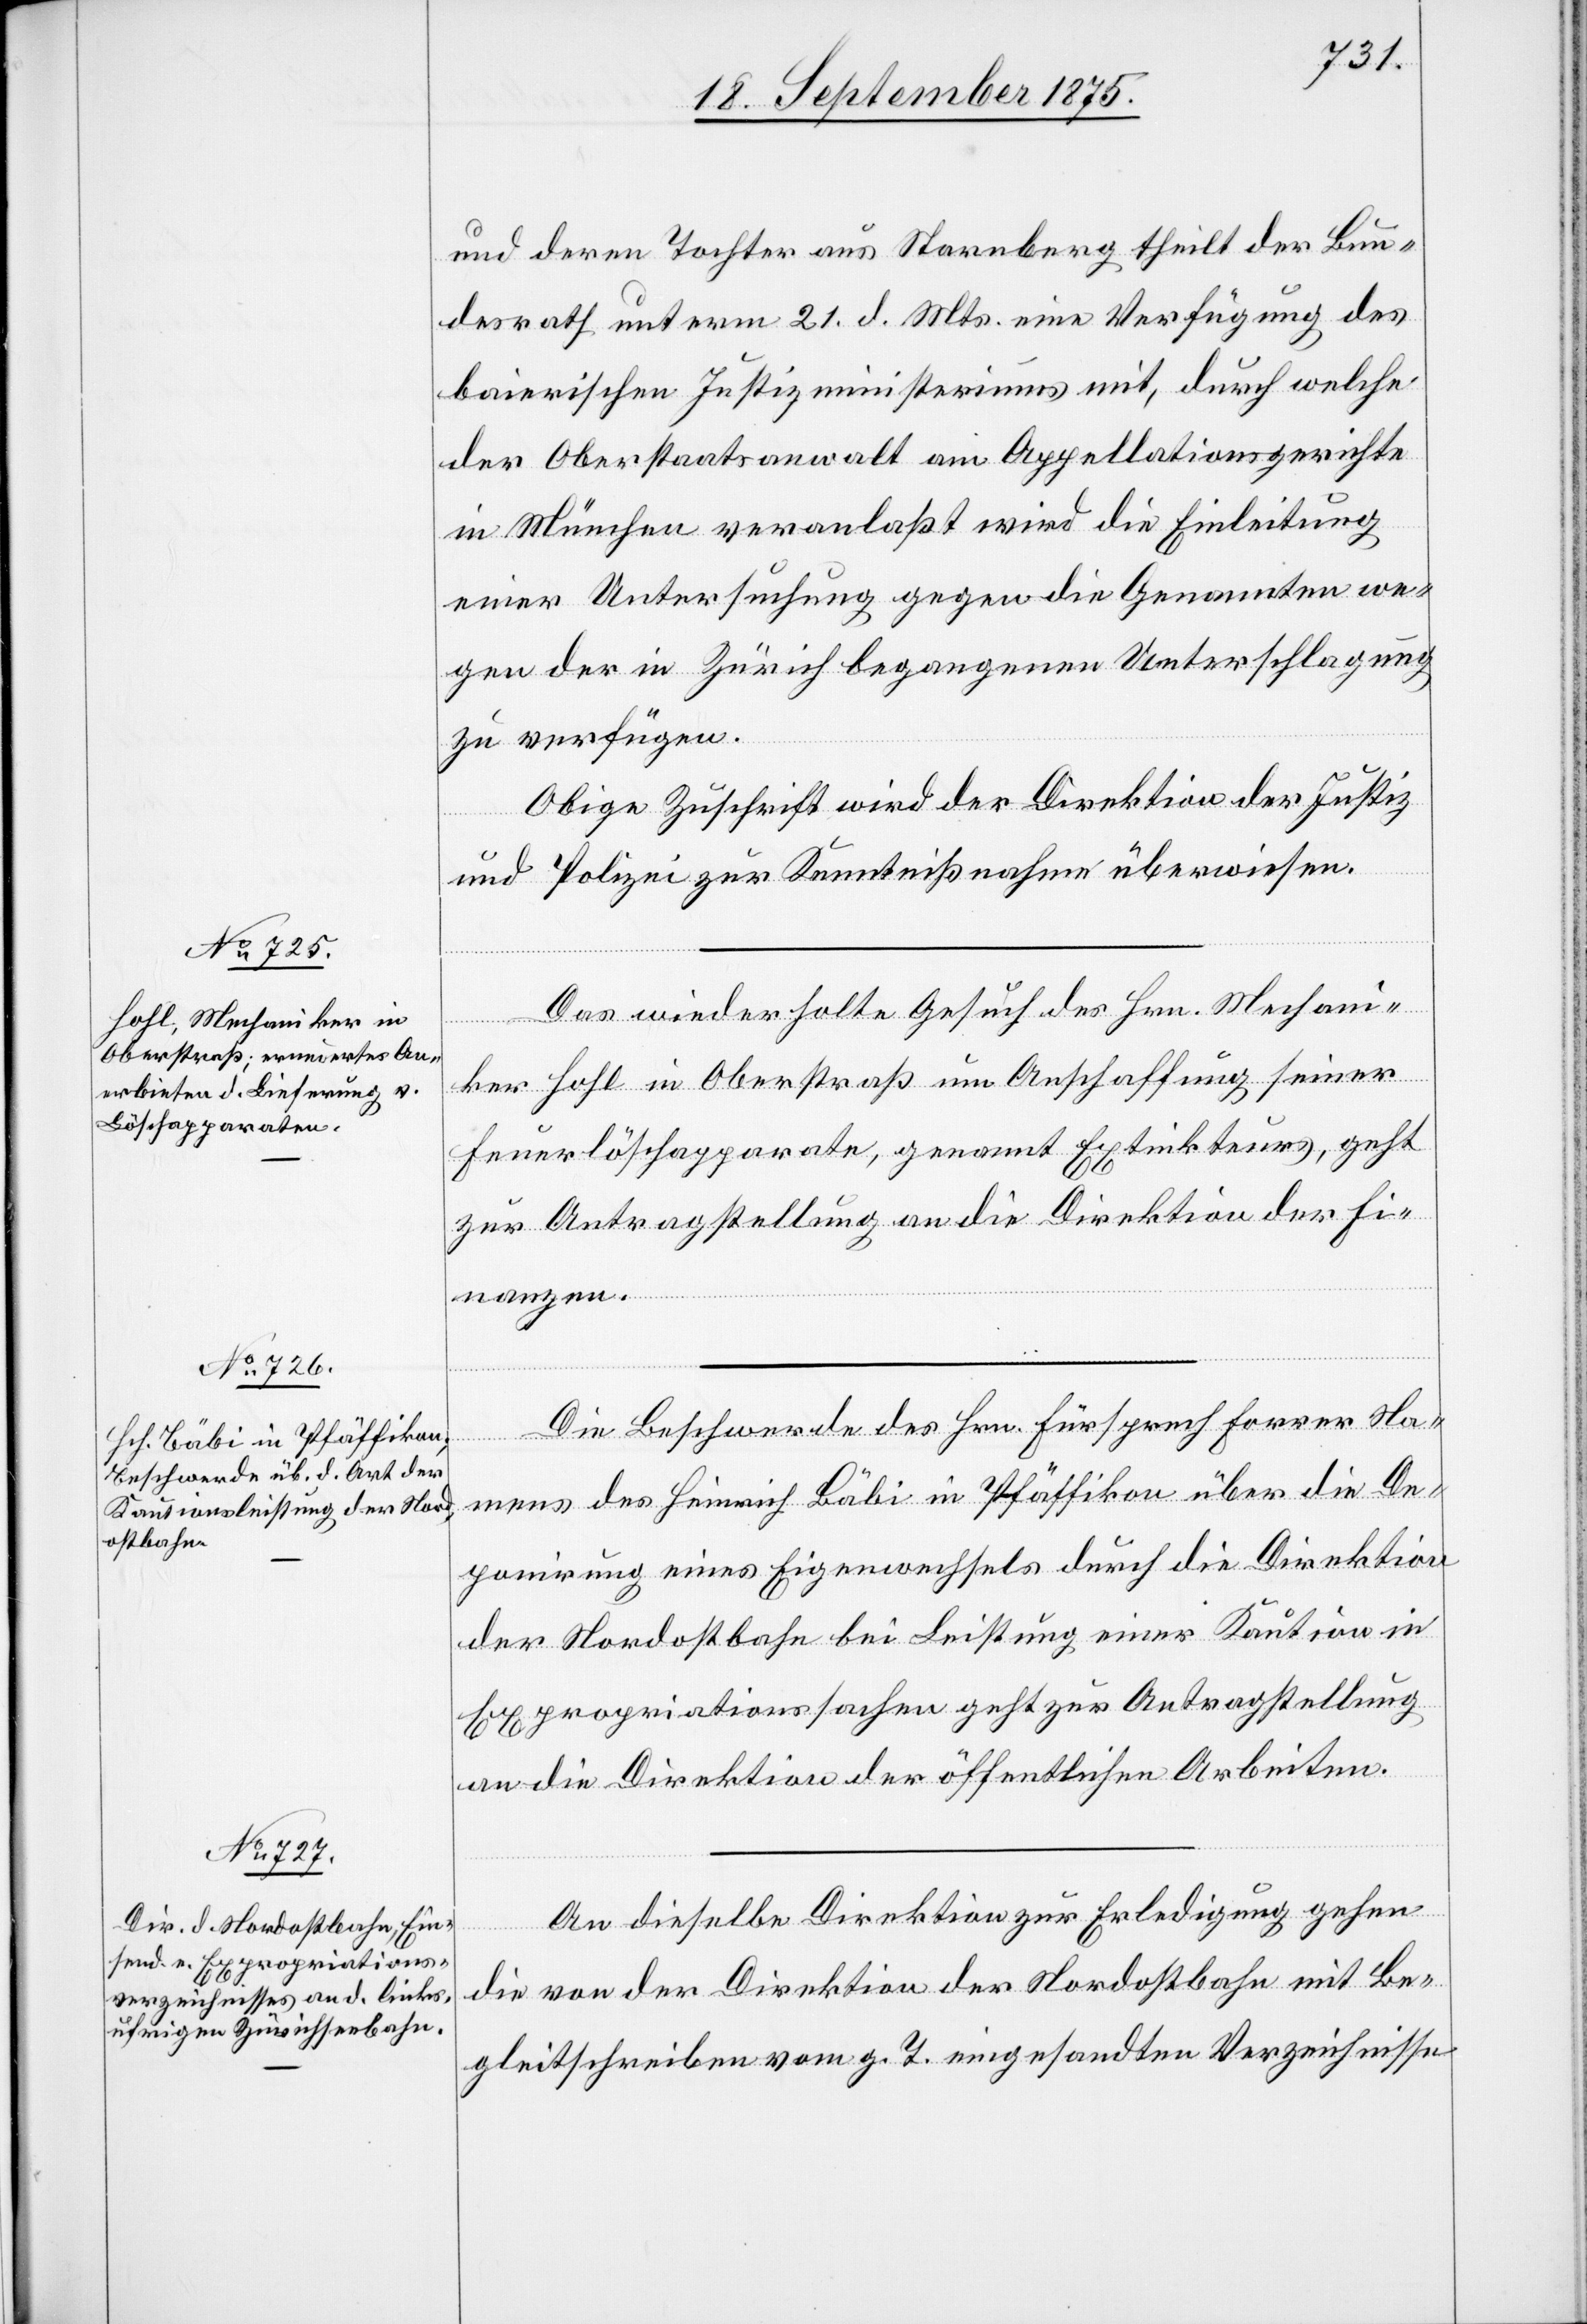
24. September 1875.]
und deren Tochter aus Starnberg theilt der Bun¬
desrath unterm 21. d. Mts. eine Verfügung des
baierischen Justizministeriums mit, durch welche
der Oberstaatsanwalt am Appellationsgerichte
in München veranlaßt wird die Einleitung
einer Untersuchung gegen die Genannten we¬
gen der in Zürich begangenen Unterschlagung
zu verfügen.
Obige Zuschrift wird der Direktion der Justiz
und Polizei zur Kenntnißnahme überwiesen.
Das wiederholte Gesuch des Hrn. Mechani¬
ker Hohl in Oberstraß um Anschaffung seiner
Feuerlöschapparate, genannt Extinkteurs, geht
zur Antragstellung an die Direktion der Fi¬
nanzen.
Die Beschwerde des Hrn. Fürsprech Forrer Na¬
mens des Heinrich Bäbi in Pfäffikon über die De¬
ponirung eines Eigenwechsels durch die Direktion
der Nordostbahn bei Leistung einer Kaution in
Expropriationssachen geht zur Antragstellung
an die Direktion der öffentlichen Arbeiten.
An dieselbe Direktion zur Erledigung gehen
die von der Direktion der Nordostbahn mit Be¬
gleitschreiben vom g. T. eingesandten Verzeichnisse